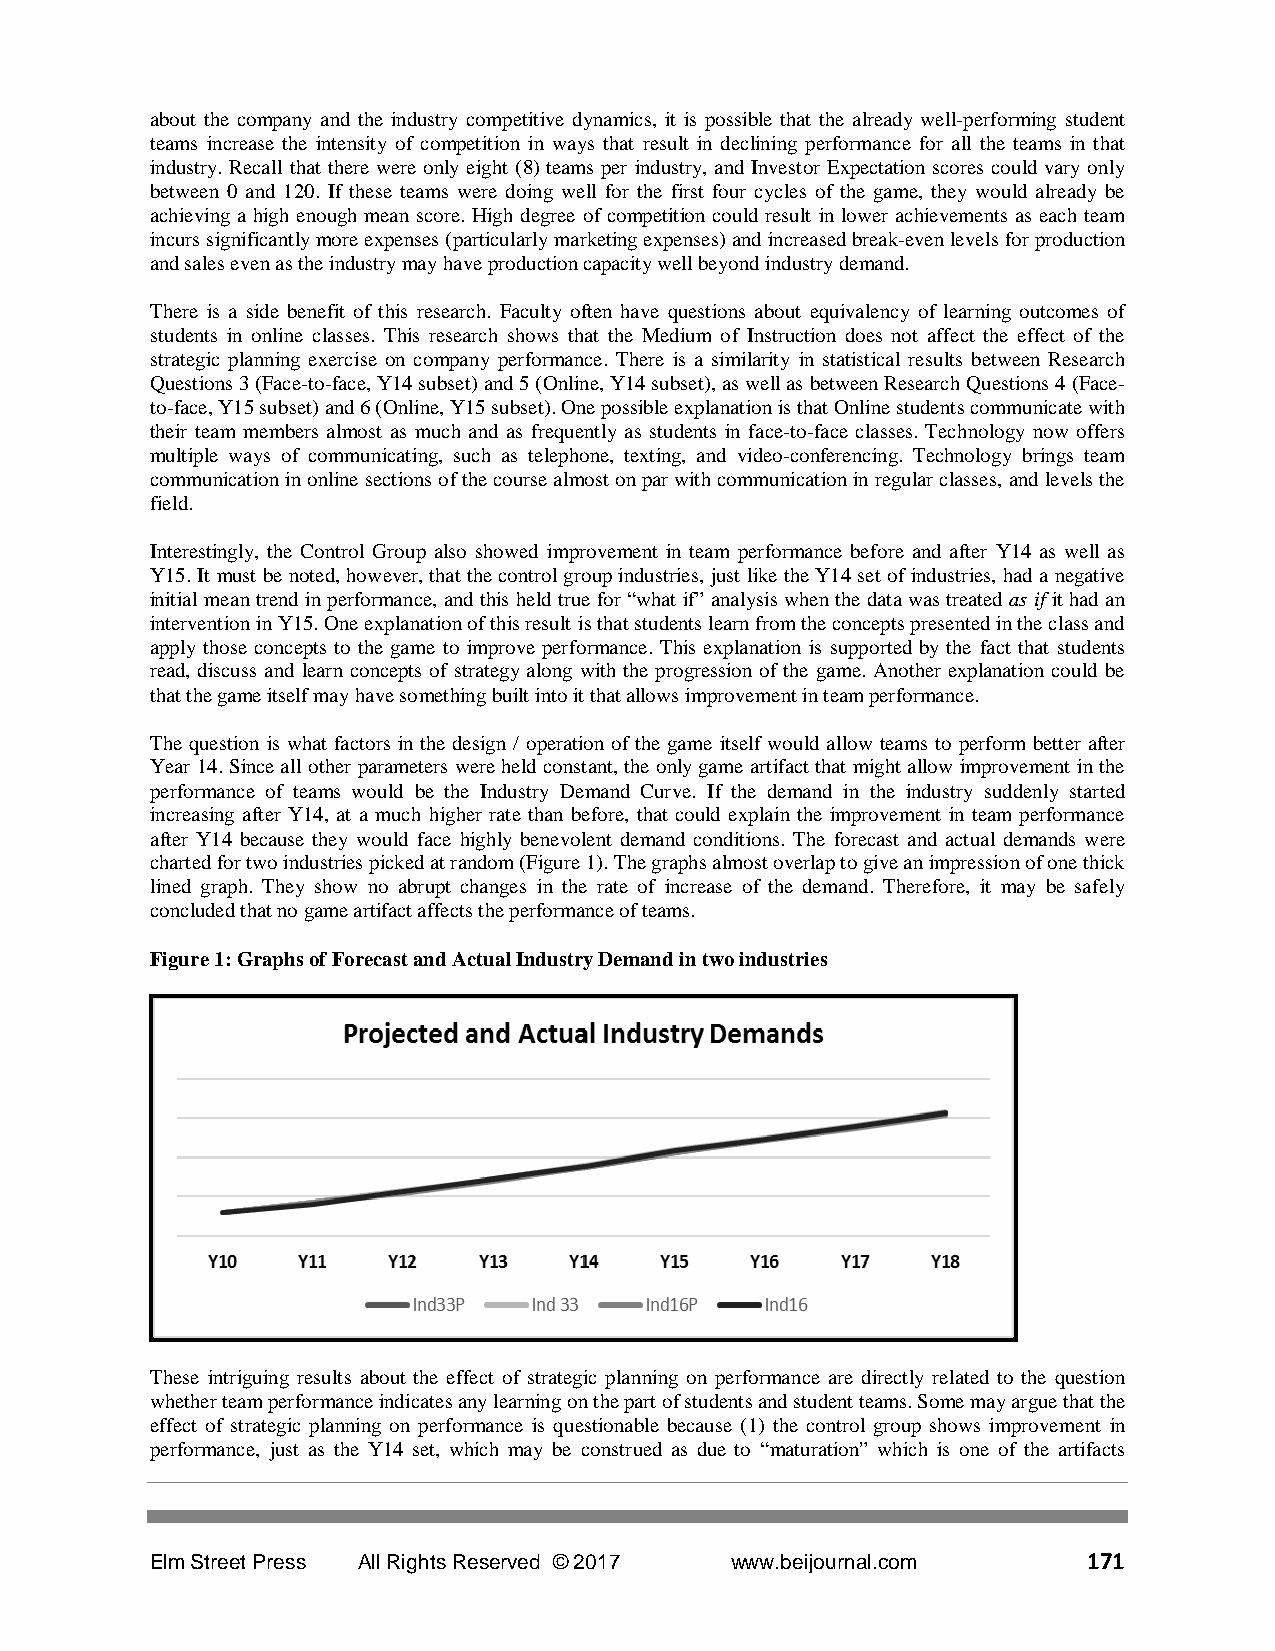
about the company and the industry competitive dynamics, it is possible that the already well-performing student
 teams increase the intensity of competition in ways that result in declining performance for all the teams in that
 industry. Recall that there were only eight (8) teams per industry, and Investor Expectation scores could vary only
 between 0 and 120. If these teams were doing well for the first four cycles of the game, they would already be
 achieving a high enough mean score. High degree of competition could result in lower achievements as each team
 incurs significantly more expenses (particularly marketing expenses) and increased break-even levels for production
 and sales even as the industry may have production capacity well beyond industry demand.
 There is a side benefit of this research. Faculty often have questions about equivalency of learning outcomes of
 students in online classes. This research shows that the Medium of Instruction does not affect the effect of the
 strategic planning exercise on company performance. There is a similarity in statistical results between Research
 Questions 3 (Face-to-face, Y14 subset) and 5 (Online, Y14 subset), as well as between Research Questions 4 (Face-
 to-face, Y15 subset) and 6 (Online, Y15 subset). One possible explanation is that Online students communicate with
 their team members almost as much and as frequently as students in face-to-face classes. Technology now offers
 multiple ways of communicating, such as telephone, texting, and video-conferencing. Technology brings team
 communication in online sections of the course almost on par with communication in regular classes, and levels the
 field.
 Interestingly, the Control Group also showed improvement in team performance before and after Y14 as well as
 Y15. It must be noted, however, that the control group industries, just like the Y14 set of industries, had a negative
 initial mean trend in performance, and this held true for “what if” analysis when the data was treated as if it had an
 intervention in Y15. One explanation of this result is that students learn from the concepts presented in the class and
 apply those concepts to the game to improve performance. This explanation is supported by the fact that students
 read, discuss and learn concepts of strategy along with the progression of the game. Another explanation could be
 that the game itself may have something built into it that allows improvement in team performance.
 The question is what factors in the design / operation of the game itself would allow teams to perform better after
 Year 14. Since all other parameters were held constant, the only game artifact that might allow improvement in the
 performance of teams would be the Industry Demand Curve. If the demand in the industry suddenly started
 increasing after Y14, at a much higher rate than before, that could explain the improvement in team performance
 after Y14 because they would face highly benevolent demand conditions. The forecast and actual demands were
 charted for two industries picked at random (Figure 1). The graphs almost overlap to give an impression of one thick
 lined graph. They show no abrupt changes in the rate of increase of the demand. Therefore, it may be safely
 concluded that no game artifact affects the performance of teams.
 Figure 1: Graphs of Forecast and Actual Industry Demand in two industries
 These intriguing results about the effect of strategic planning on performance are directly related to the question
 whether team performance indicates any learning on the part of students and student teams. Some may argue that the
 effect of strategic planning on performance is questionable because (1) the control group shows improvement in
 performance, just as the Y14 set, which may be construed as due to “maturation” which is one of the artifacts
 Elm Street Press All Rights Reserved © 2017 www.beijournal.com 171